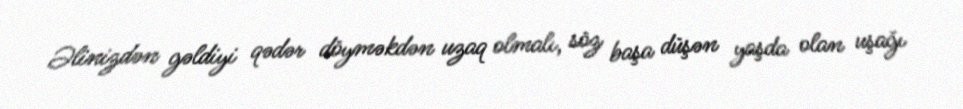
Əlinizdən gəldiyi qədər döyməkdən uzaq olmalı, söz başa düşən yaşda olan uşağı